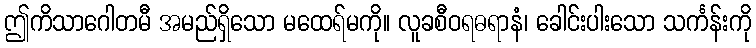
ဤကိသာဂေါတမီ အမည်ရှိသော မထေရ်မကို။ လူခစီဝရဓရာနံ၊ ခေါင်းပါးသော သင်္ကန်းကို